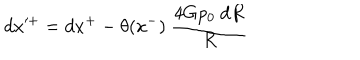
LaTeX: d x ^ { + } = d x ^ { + } - \theta ( x ^ { - } ) ~ { \frac { 4 G p _ { 0 } ~ d R } { R } }